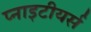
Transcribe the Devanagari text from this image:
प्नाइटीयर्स